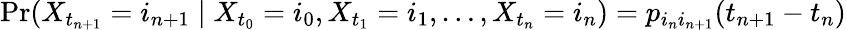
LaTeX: \operatorname*{Pr}(X_{t_{n+1}}=i_{n+1}\mid X_{t_{0}}=i_{0},X_{t_{1}}=i_{1},\ldots,X_{t_{n}}=i_{n})=p_{i_{n}i_{n+1}}(t_{n+1}-t_{n})